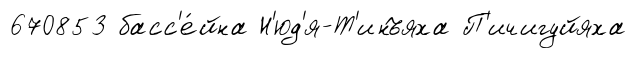
670853 басс'е́йна Н'юд'я-Т'инъяха П'ичигуйяха